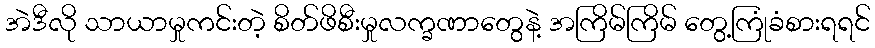
အဲဒီလို သာယာမှုကင်းတဲ့ စိတ်ဖိစီးမှုလက္ခဏာတွေနဲ့ အကြိမ်ကြိမ် တွေ့ကြုံခံစားရရင်